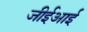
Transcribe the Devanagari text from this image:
जीईआई